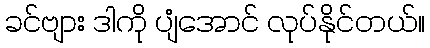
ခင်ဗျား ဒါကို ပျံအောင် လုပ်နိုင်တယ်။